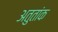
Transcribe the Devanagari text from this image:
अतुतांक